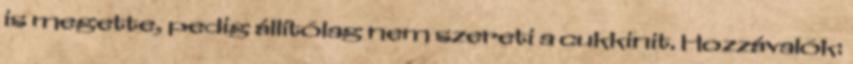
is megette, pedig állítólag nem szereti a cukkinit. Hozzávalók: